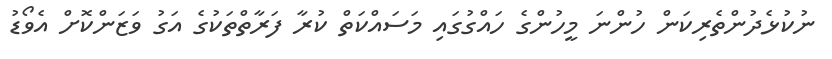
ނުކުޅެދުންތެރިކަން ހުންނަ މީހުންގެ ހައްގުގައި މަސައްކަތް ކުރާ ފަރާތްތަކުގެ އަގު ވަޒަންކޮށް އެވޯޑު